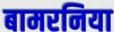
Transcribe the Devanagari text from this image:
बामरनिया